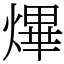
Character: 熚